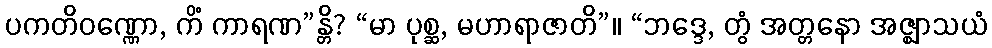
ပကတိဝဏ္ဏော, ကိံ ကာရဏ”န္တိ? “မာ ပုစ္ဆ, မဟာရာဇာတိ”။ “ဘဒ္ဒေ, တွံ အတ္တနော အဇ္ဈာသယံ